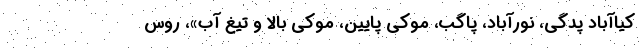
کیاآباد پدگی، نورآباد، پاگب، موکی پایین، موکی بالا و تیغ آب»، روس